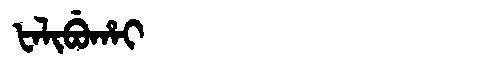
Manchu: ᡶᠠᠯᡳᠪᡠᡥᠠᡳ
Romanization: FALIBUHAI